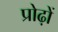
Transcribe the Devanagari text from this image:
प्रोढ़ों